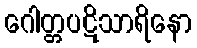
ဂေါတ္တပဋိသာရိနော